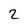
Character: 2